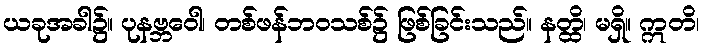
ယခုအခါ၌။ ပုနဗ္ဘဝေါ၊ တစ်ဖန်ဘဝသစ်၌ ဖြစ်ခြင်းသည်။ နတ္ထိ၊ မရှိ။ ဣတိ၊